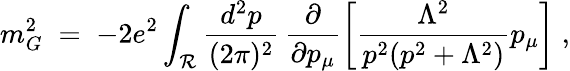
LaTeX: m_{G}^{2}\; =\; -2e^{2}\int_{{\mathcal R}}\frac{d^{2}p}{(2\pi)^{2}}\, \frac{\partial}{\partial p_{\mu}}\left[\frac{\Lambda^{2}}{p^{2}(p^{2}+\Lambda^{2})}p_{\mu}\right]\; ,